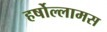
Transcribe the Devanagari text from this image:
हर्षोल्लामस